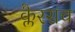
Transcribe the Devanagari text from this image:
क्लैरसच